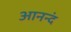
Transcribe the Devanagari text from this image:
आनन्दं